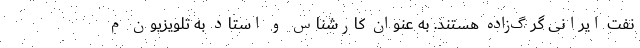
نفت ایرانی گرگ‌زاده هستند. به عنوان کارشناس و استاد به تلویزیون م